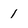
Character: 1